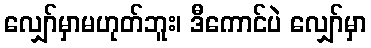
လျှော်မှာမဟုတ်ဘူး၊ ဒီကောင်ပဲ လျှော်မှာ